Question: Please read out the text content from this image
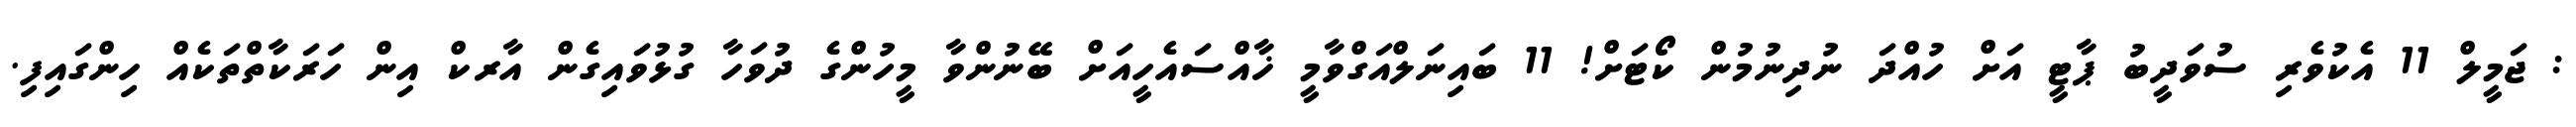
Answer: : ޖަމީލް 11 އެކުވެރި ސުވަދީބު ޕާޓީ އަށް ހުއްދަ ނުދިނުމުން ކޯޓަށް! 11 ބައިނަލްއަގްވާމީ ޚާއްސައެހީއަށް ބޭނުންވާ މީހުންގެ ދުވަހާ ގުޅުވައިގެން އާރކް އިން ހަރަކާތްތަކެއް ހިންގައިފި.